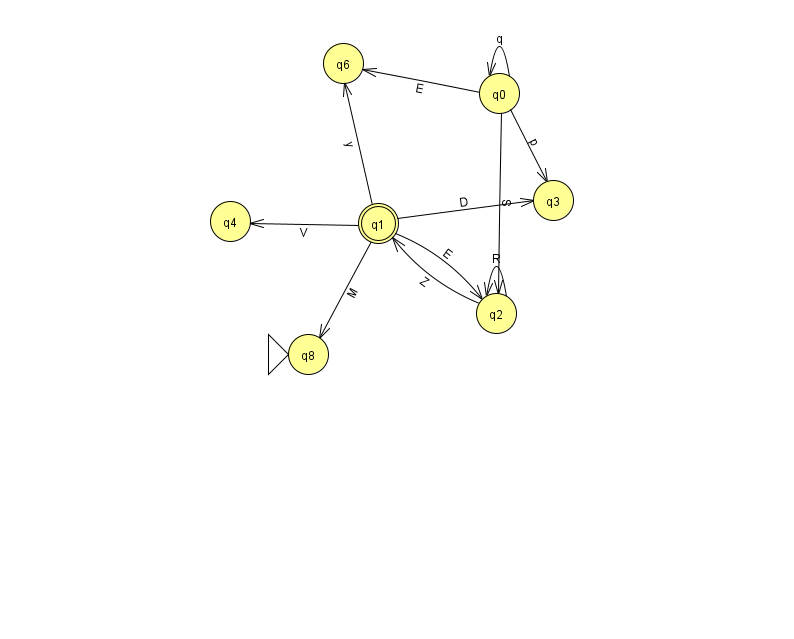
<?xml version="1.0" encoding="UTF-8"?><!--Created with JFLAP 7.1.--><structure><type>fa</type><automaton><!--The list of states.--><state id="0" name="q0"><x>499.0</x><y>80.0</y></state><state id="1" name="q1"><x>378.0</x><y>210.0</y><final/></state><state id="2" name="q2"><x>496.0</x><y>300.0</y></state><state id="3" name="q3"><x>553.0</x><y>187.0</y></state><state id="4" name="q4"><x>230.0</x><y>208.0</y></state><state id="6" name="q6"><x>343.0</x><y>50.0</y></state><state id="8" name="q8"><x>308.0</x><y>341.0</y><initial/></state><!--The list of transitions.--><transition><from>0</from><to>0</to><read>q</read></transition><transition><from>1</from><to>2</to><read>E</read></transition><transition><from>1</from><to>4</to><read>V</read></transition><transition><from>2</from><to>2</to><read>R</read></transition><transition><from>0</from><to>6</to><read>E</read></transition><transition><from>0</from><to>2</to><read>S</read></transition><transition><from>1</from><to>3</to><read>D</read></transition><transition><from>1</from><to>8</to><read>M</read></transition><transition><from>1</from><to>6</to><read>y</read></transition><transition><from>2</from><to>1</to><read>Z</read></transition><transition><from>0</from><to>3</to><read>p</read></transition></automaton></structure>